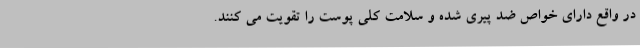
در واقع دارای خواص ضد پیری شده و سلامت کلی پوست را تقویت می کنند.